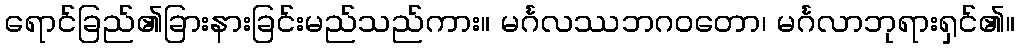
ရောင်ခြည်၏ခြားနားခြင်းမည်သည်ကား။ မင်္ဂလဿဘဂဝတော၊ မင်္ဂလာဘုရားရှင်၏။